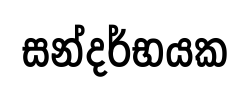
සන්දර්භයක